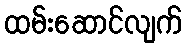
ထမ်းဆောင်လျက်